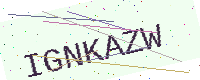
Text: IGNKAZW